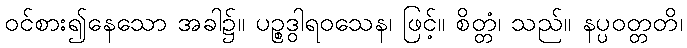
ဝင်စား၍နေသော အခါ၌။ ပဉ္စဒွါရဝသေန၊ ဖြင့်။ စိတ္တံ၊ သည်။ နပ္ပဝတ္တတိ၊